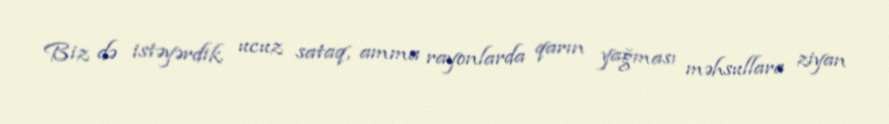
Biz də istəyərdik ucuz sataq, amma rayonlarda qarın yağması məhsullara ziyan